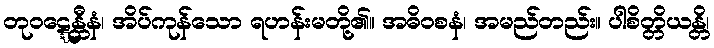
တုဝဋ္ဋေန္တီနံ၊ အိပ်ကုန်သော ရဟန်းမတို့၏။ အဓိဝစနံ၊ အမည်တည်း။ ပါစိတ္တိယန္တိ၊